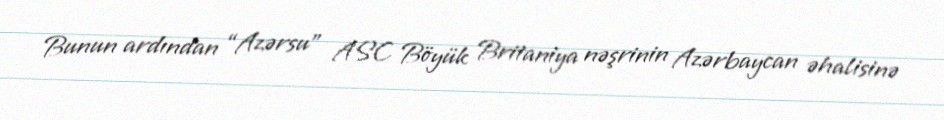
Bunun ardından “Azərsu” ASC Böyük Britaniya nəşrinin Azərbaycan əhalisinə